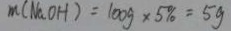
m ( N a O H ) = 1 0 0 g \times 5 \% = 5 g